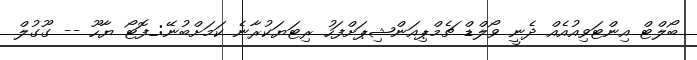
ބޯލްޓް އިންޓަވިއުއެއް ދެނީ ވޯލްޑް ޗެމްޕިއަންޝިޕަށްފަހު ރިޓަޔަކުރާނެ ކަމަށްބުނޭ:_ފޮޓޯ ޔާހޫ -- ގޫގުލް